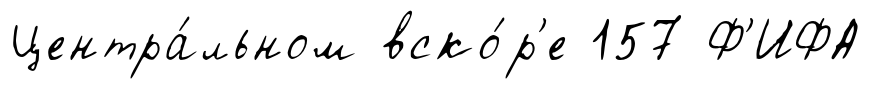
Центра́льном вско́р'е 157 Ф'ИФА